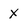
Character: X